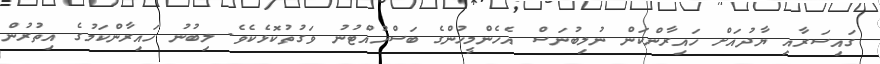
ގައިސަރާއި ޔާދުއަށް ހައިރާންކަން ނުލިބުނަސް އެހެންމީހުންގެ ބަސްހުއްޓުނު ވަގުތުކޮޅެކެވެ. ލިބުނު ހައިރާންކަމުގެ އިތުރުން